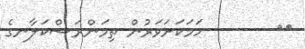
١٧        ހަމަކަށަވަރުން ތިމަންރަސްކަލާނގެ